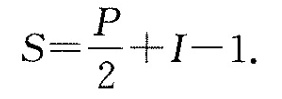
$$S= \frac{P}{2}+I-1$$ .